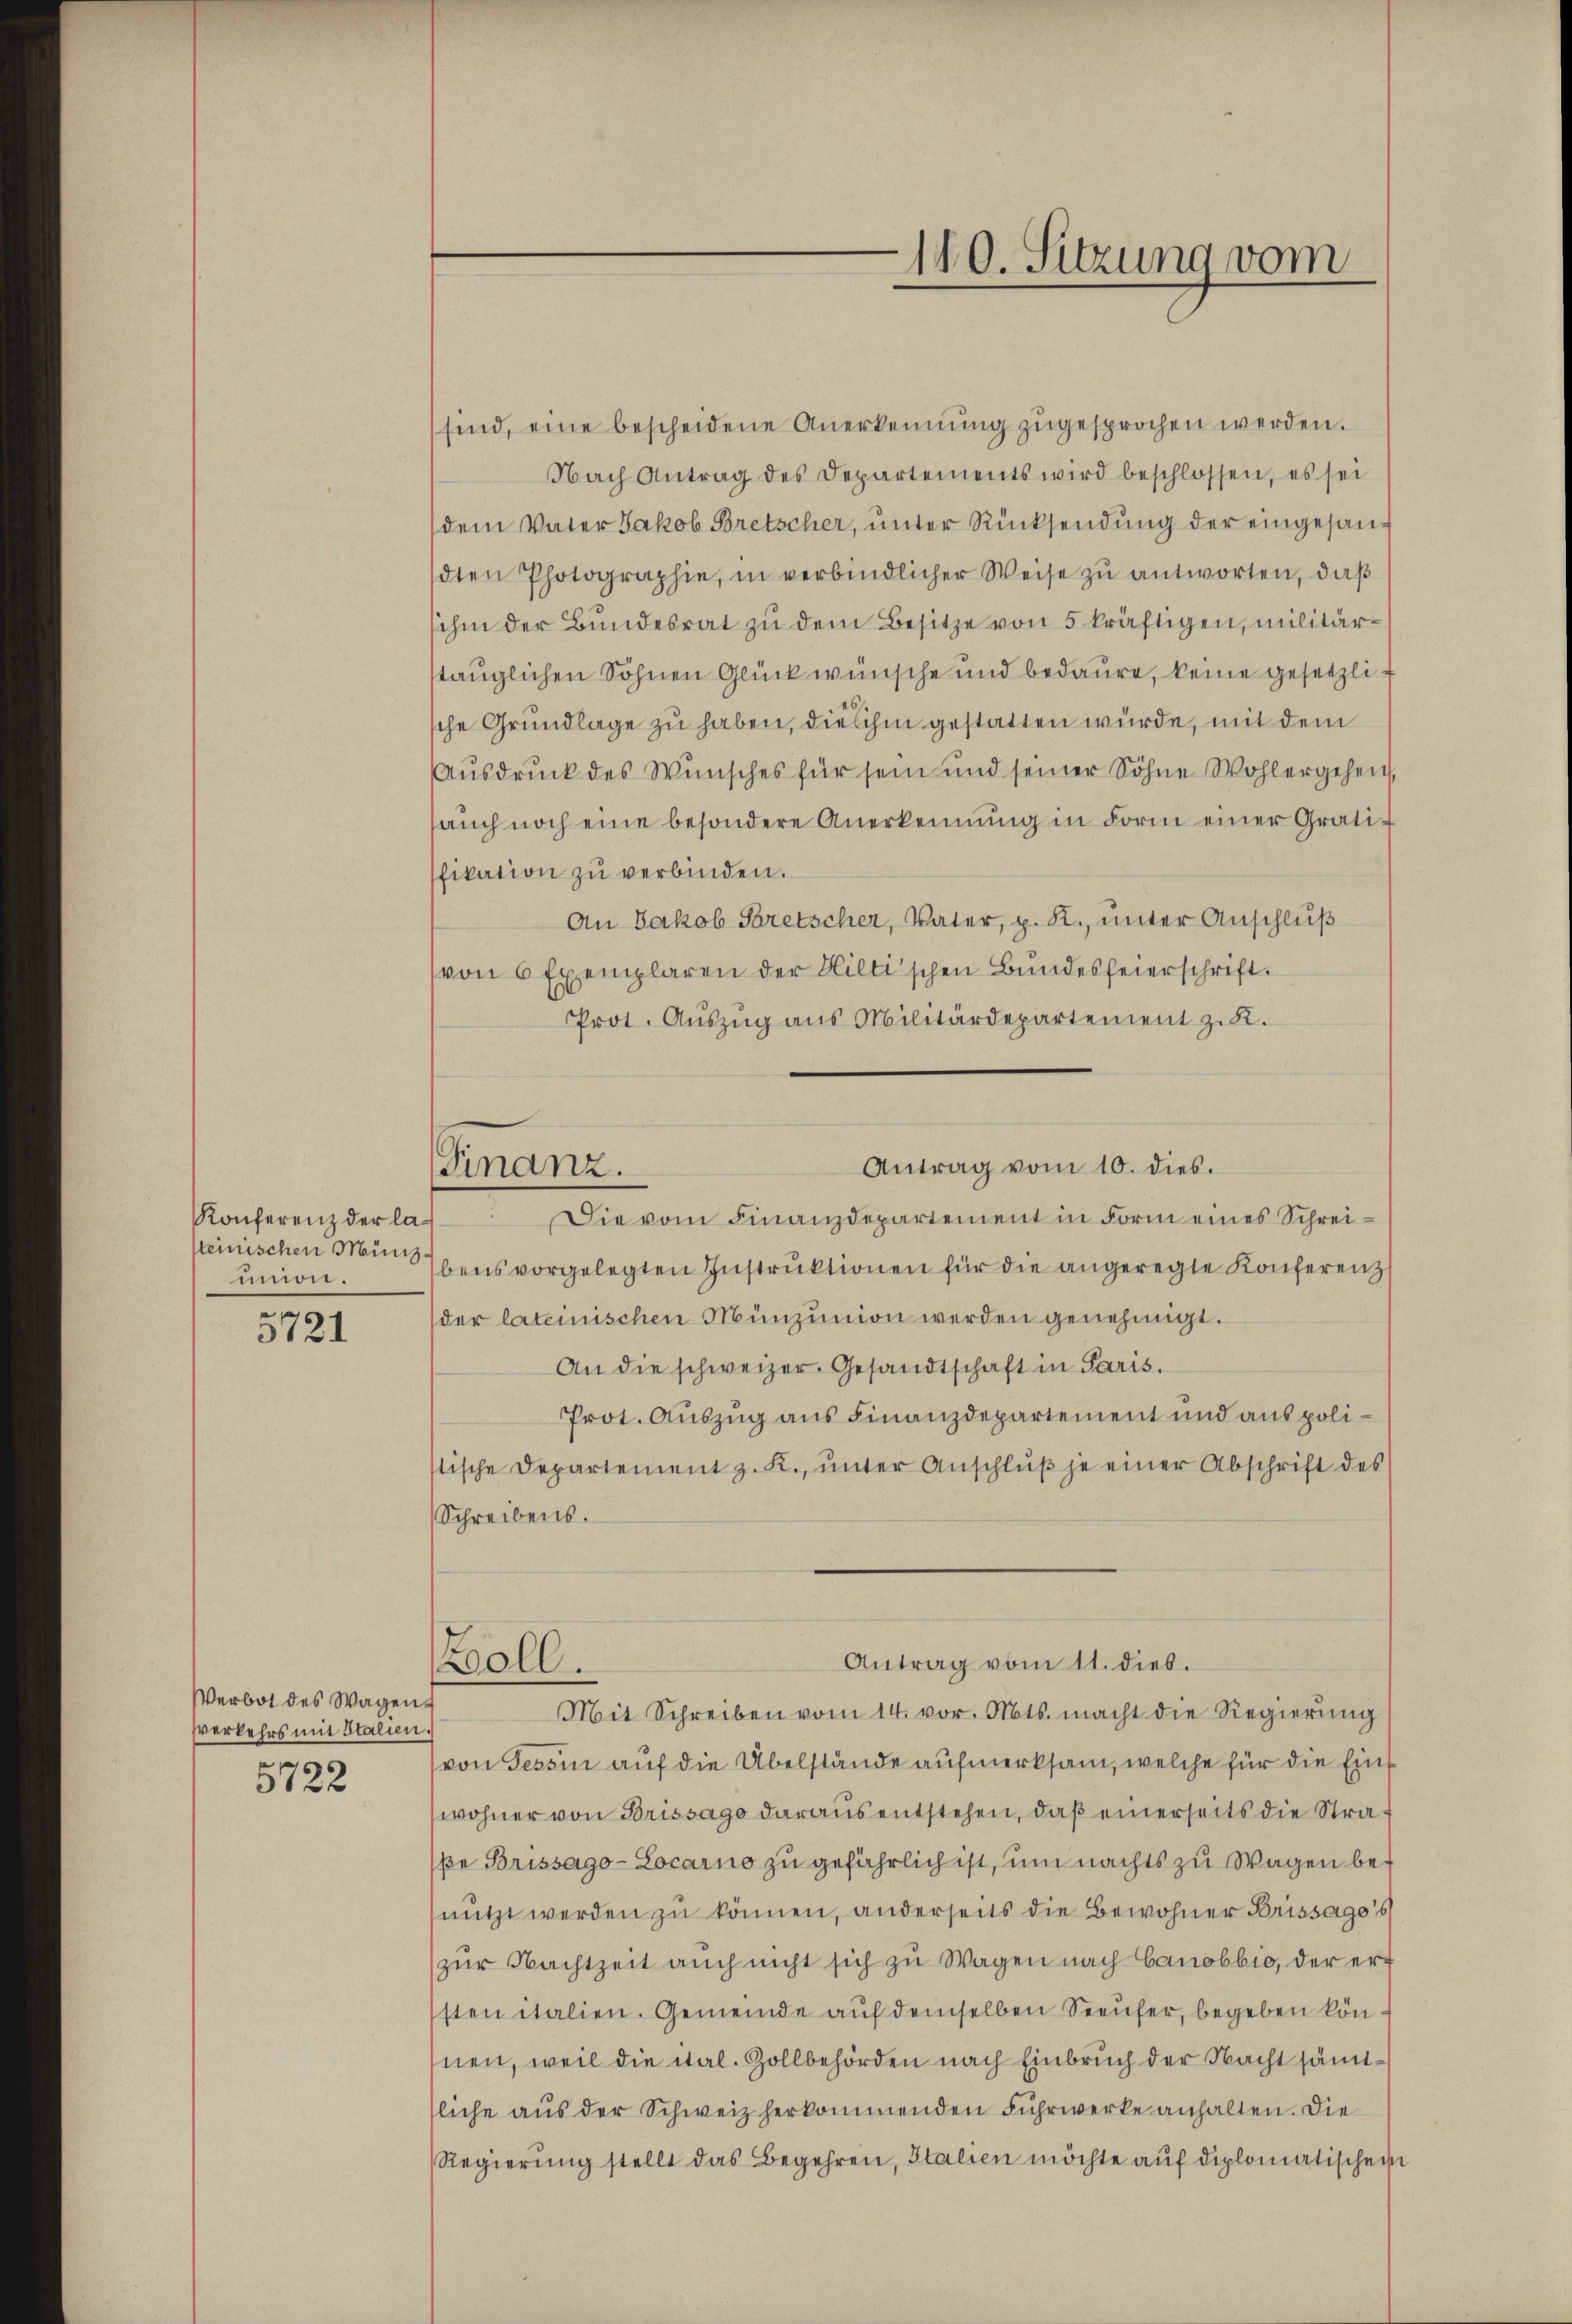
Konferenz der lasteinischen Münz
union.

e
3121

Verbot des Wagen
verkehrs mit Stalien.

5722

oll.

sind, eine bescheidene Anerkennung zugesprochen werden.
Nach Antrag des Departements wird beschlossen, es sei
dem Vater Jakob Bretscher, ŭnter Rücksendung der eingesandten Photographie, in verbindlicher Weise zu antworten, daß
sihm der Bundesrat zu dem Besitze von 5 kräftigen, militärstauglichen Söhnen Glück wünsche und bedaure, keine gesetzlische Grundlage zu haben, die ihm gestatten würde, mit dem
Ausdruck des Wunsches für sein und seiner Söhne Wohlergehen,
aŭch noch eine besondere Anerkennung in Form einer Gratifikation zu verbinden.
An Jakob Saretscher, Vater, p. R., unter Anschluß
von 6 Exemplaren der Hiltischen Bundesfeierschrift
Prot. Aŭszŭg aŭs Militärdepartement z. R.
Antrag vom 10. dies.
Finanz.
Die vom Finanzdepartement in Form eines Schreibens vorgelegten Instrŭktionen für die angeregte Konferenz
der lateinischen Münzunion werden genehmigt.
An die schweizer. Gesandtschaft in Paris.
Prot. Auszug aus Finanzdepartement und aus polistische Departement z. K., unter Anschluß je einer Abschrift des
Schreibens.

140. Sitzung vom

Antrag vom 11. dies.
Mit Schreiben vom 14. vor. Mts. macht die Regierŭng

von Tessin auf die Übelstände aufmerksam, welche für die Einwohner von Brissage daraus entstehen, daß einerseits die Straße Brissago-Locarno zu gefährlich ist, um nachts zu Wagen benützt werden zu können, anderseits die Bewohner Brissago's
zŭr Nachtzeit auch nicht sich zu Wagen nach Canobbio, der er
sten italien. Gemeinde auf demselben Seeufer, begeben können, weil die ital. Zollbehörden nach Einbruch der Nacht sämtsliche aus der Schweiz herkommenden Fuhrwerke anhalten. Die
Regierung stellt das Begehren, Italien möchte auf diplomatischein